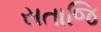
સતાજિ